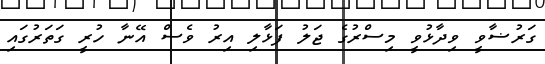
ގަރުޟާވީ ވިދާޅުވީ މިސްރުގެ ޖަލު ފަޅާލި އިރު ވެސް އޭނާ ހުރީ ގަތަރުގައި